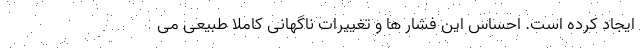
ایجاد کرده است. احساس این فشار ها و تغییرات ناگهانی کاملا طبیعی می